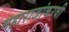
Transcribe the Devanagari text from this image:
महाराजांकरवी